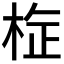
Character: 𭪉